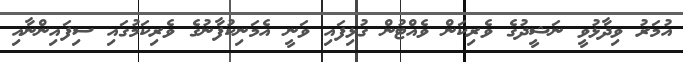
އުމަރު ވިދާޅުވީ ނަޝީދުގެ ވެރިކަން ވެއްޓުން ގުޅިފައި ވަނީ އެމަނިކުފާނުގެ ވެރިކަމުގައި ސިފައިންނާއި